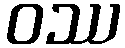
ဝဿ